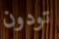
تودون